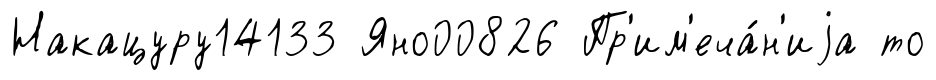
Накацуру14133 Яно00826 Пр'им'еча́н'иjа то